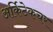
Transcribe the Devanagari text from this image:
अर्किटेकचर